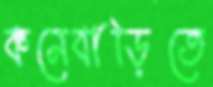
কনেবাড়িতে